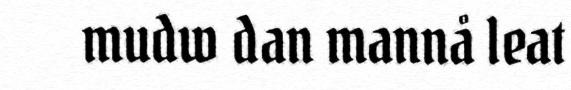
mudw dan mannå leat